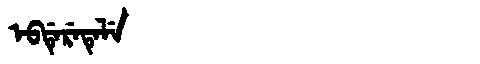
Manchu: ᡝᠪᡩᡝᡵᡝᡨᡝᠯᡝ
Romanization: EBDERETELE